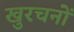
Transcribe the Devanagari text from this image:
खुरचनों